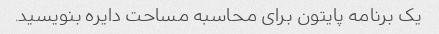
یک برنامه پایتون برای محاسبه مساحت دایره بنویسید.